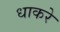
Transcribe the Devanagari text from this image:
धाकरे